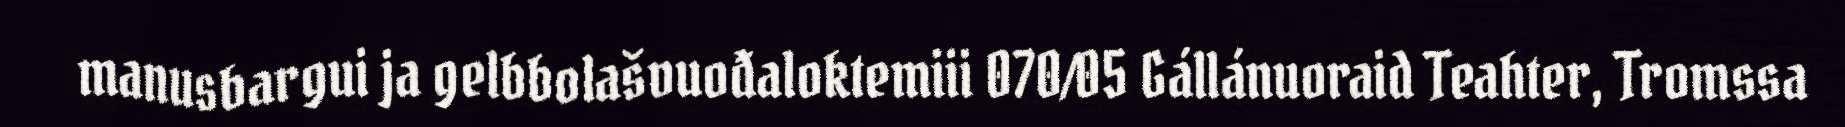
manusbargui ja gelbbolašvuođaloktemiii 070/05 Gállánuoraid Teahter, Tromssa